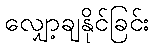
လျှော့ချနိုင်ခြင်း